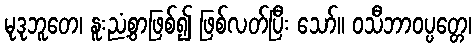
မုဒုဘူတေ၊ နူးညံ့စွာဖြစ်၍ ဖြစ်လတ်ပြီး သော်။ ဝသီဘာဝပ္ပတ္တေ၊